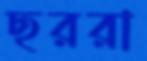
ছররা